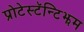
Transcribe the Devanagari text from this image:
प्रोटेस्टॅन्टिझम